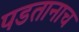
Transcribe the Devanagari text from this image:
पडतानाच